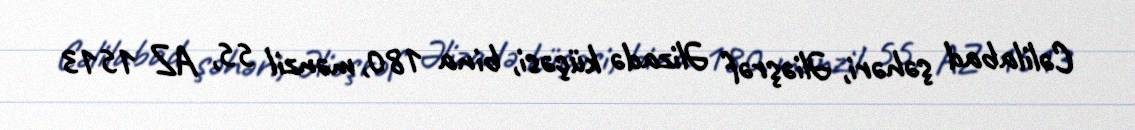
Cəlilabad şəhəri, Əliəşrəf Əlizadə küçəsi, bina 180, mənzil 55, AZ 1513